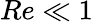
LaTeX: Re\ll 1